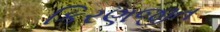
કિરણજીત